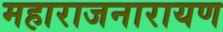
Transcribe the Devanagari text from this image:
महाराजनारायण